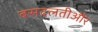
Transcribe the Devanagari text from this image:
बसदलतीऔर